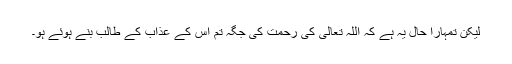
لیکن تمہارا حال یہ ہے کہ اللہ تعالی کی رحمت کی جگہ تم اس کے عذاب کے طالب بنے ہوئے ہو۔